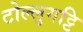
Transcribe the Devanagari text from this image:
टोल्लुगट्टि